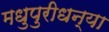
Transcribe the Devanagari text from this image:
मधुपुरीधन्या